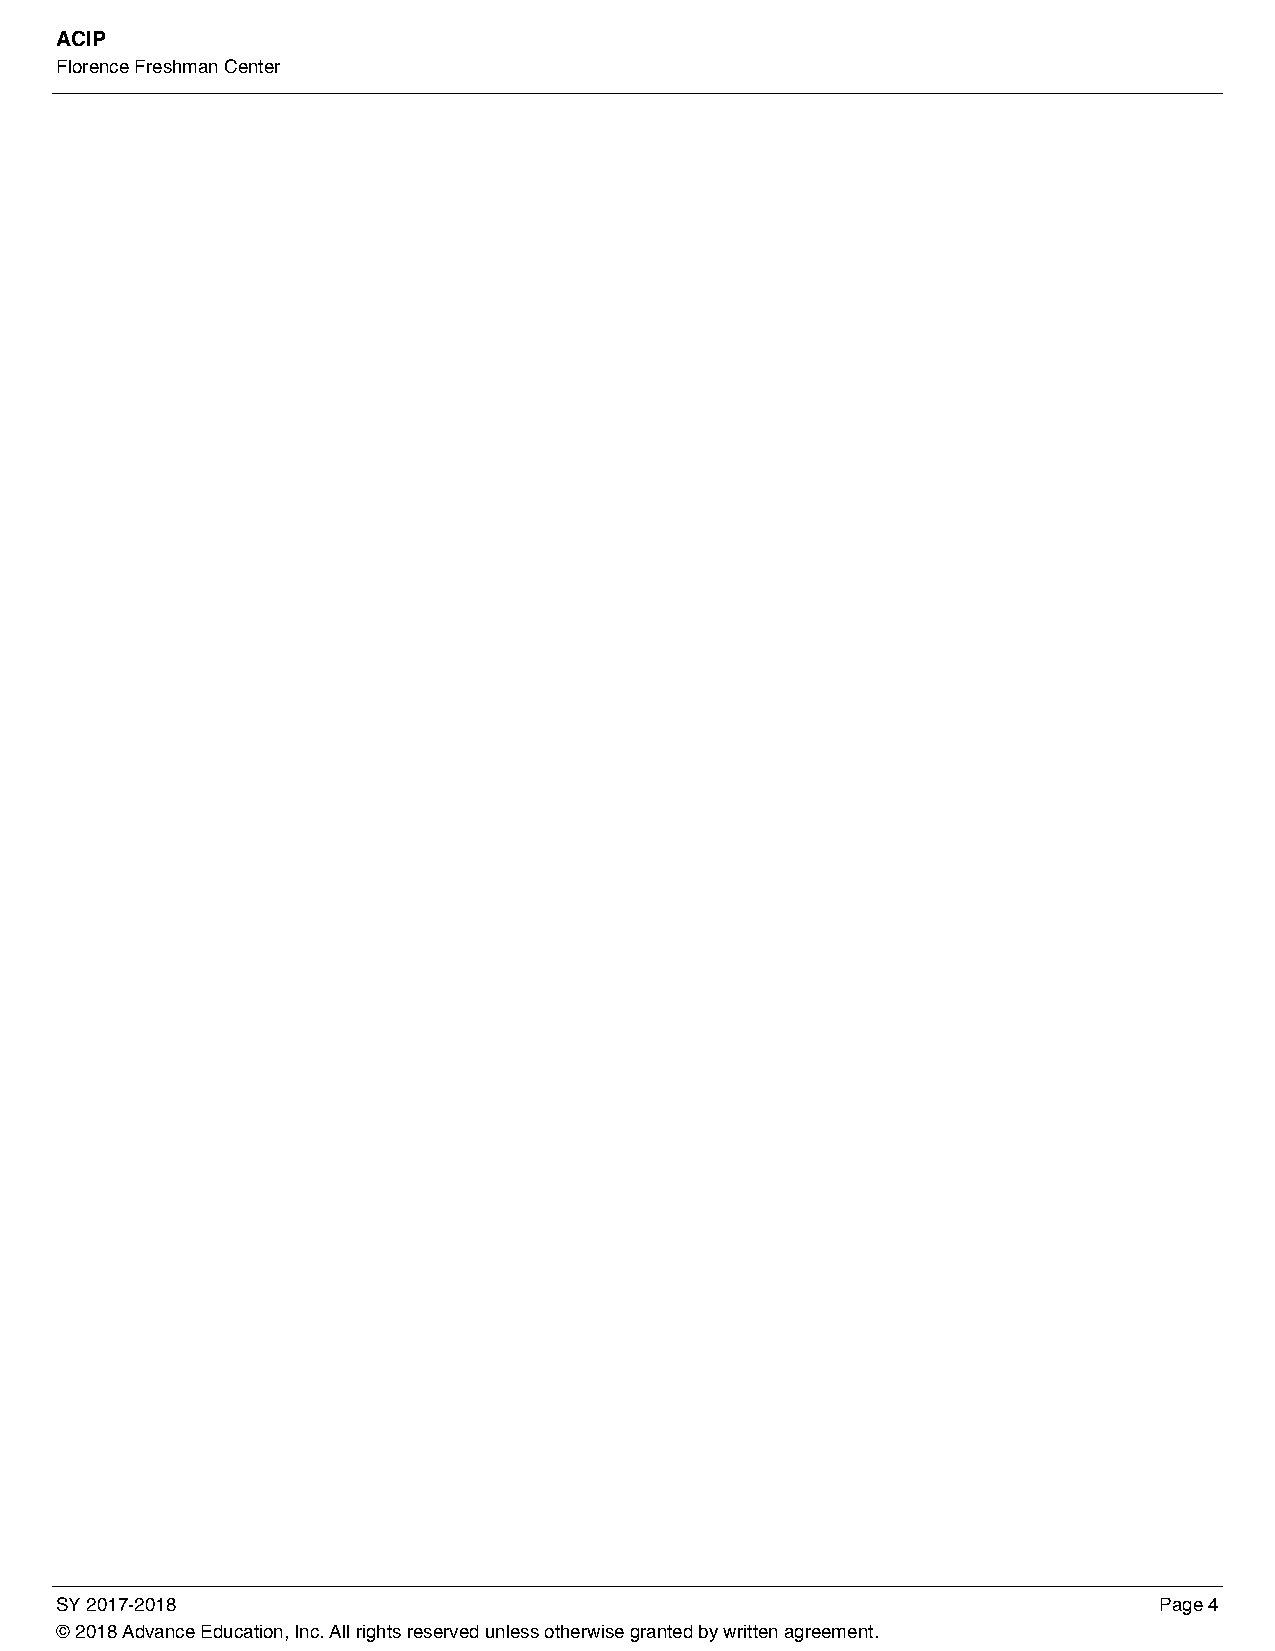
ACIP
 Florence Freshman Center
 SY 2017-2018                                                             Page 4
 © 2018 Advance Education, Inc. All rights reserved unless otherwise granted by written agreement.